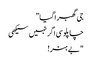
جی گھبرا گیا”
چاپلوسی اگر نہیں سیکھی
"بے ہنر!